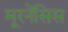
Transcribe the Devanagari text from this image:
मूरनेंसिस